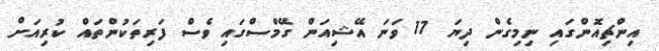
އިންޗިއޮންގައި ނިމިގެން ދިޔަ 17 ވަނަ އޭޝިއަން ގޭމްސްގައި ވެސް ފަރިތަކުންތައް ކުރިއަށް